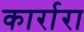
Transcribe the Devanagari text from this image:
कार्रारा